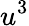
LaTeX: u^{3}